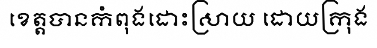
ខេត្តបានកំពុងដោះស្រាយ ដោយក្រុង